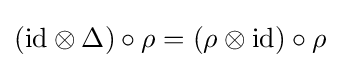
(\mathrm {id} \otimes \Delta )\circ \rho =(\rho \otimes \mathrm {id} )\circ \rho